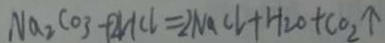
N a _ { 2 } C O _ { 3 } + 2 H C l = 2 N a C l + H _ { 2 } O + C O _ { 2 } \uparrow